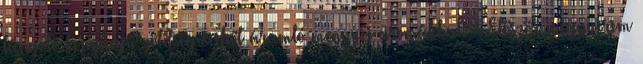
lángoló konyhájú zöldségeseiből áramló mennyei aromákkal. - Először megnyerem